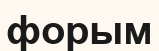
форым